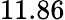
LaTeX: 11.86